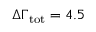
\Delta \Gamma _ { \mathrm { t o t } } = 4 . 5